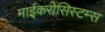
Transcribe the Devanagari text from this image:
माईकरोसिस्टम्स